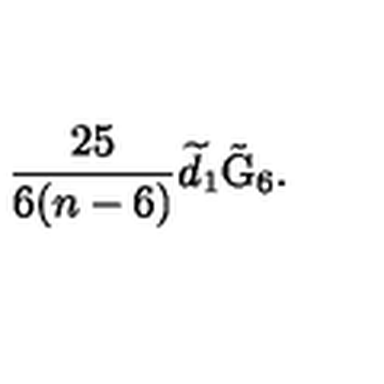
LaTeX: \frac { 2 5 } { 6 ( n - 6 ) } \widetilde { d } _ { 1 } \tilde { \mathrm { G } } _ { 6 } .